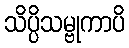
သိပ္ပိသမ္ဗုကာပိ